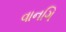
વાનગિ